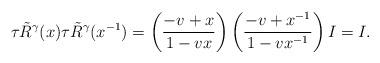
LaTeX: \begin{align*} \tau \tilde R^{\mathbf{\gamma}}(x) \tau \tilde R^{\mathbf{\gamma}}(x^{-1}) = \left( \frac{-v+x}{1-vx} \right) \left( \frac{-v+x^{-1}}{1-vx^{-1}} \right) I = I.\end{align*}